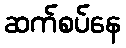
ဆက်စပ်နေ